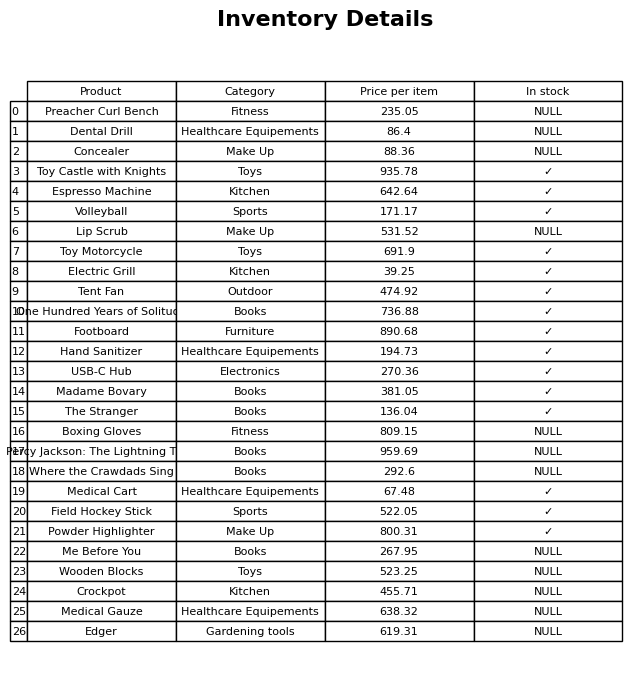
question: What is the price for The Stranger?
answer: The price of The Stranger is 136.04.